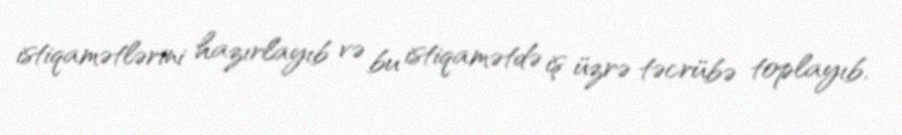
istiqamətlərini hazırlayıb və bu istiqamətdə iş üzrə təcrübə toplayıb.